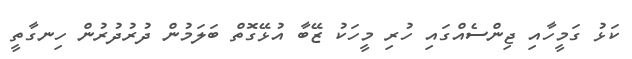
ކަޅު ގަމީހާއި ޖިންސެއްގައި ހުރި މީހަކު ޒޭބާ އުޅޭގޮތް ބަލަމުން ދުރުދުރުން ހިނގާތީ